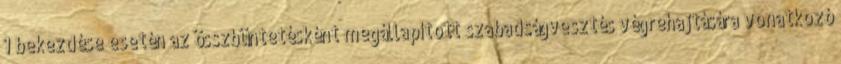
1 bekezdése esetén az összbüntetésként megállapított szabadságvesztés végrehajtására vonatkozó